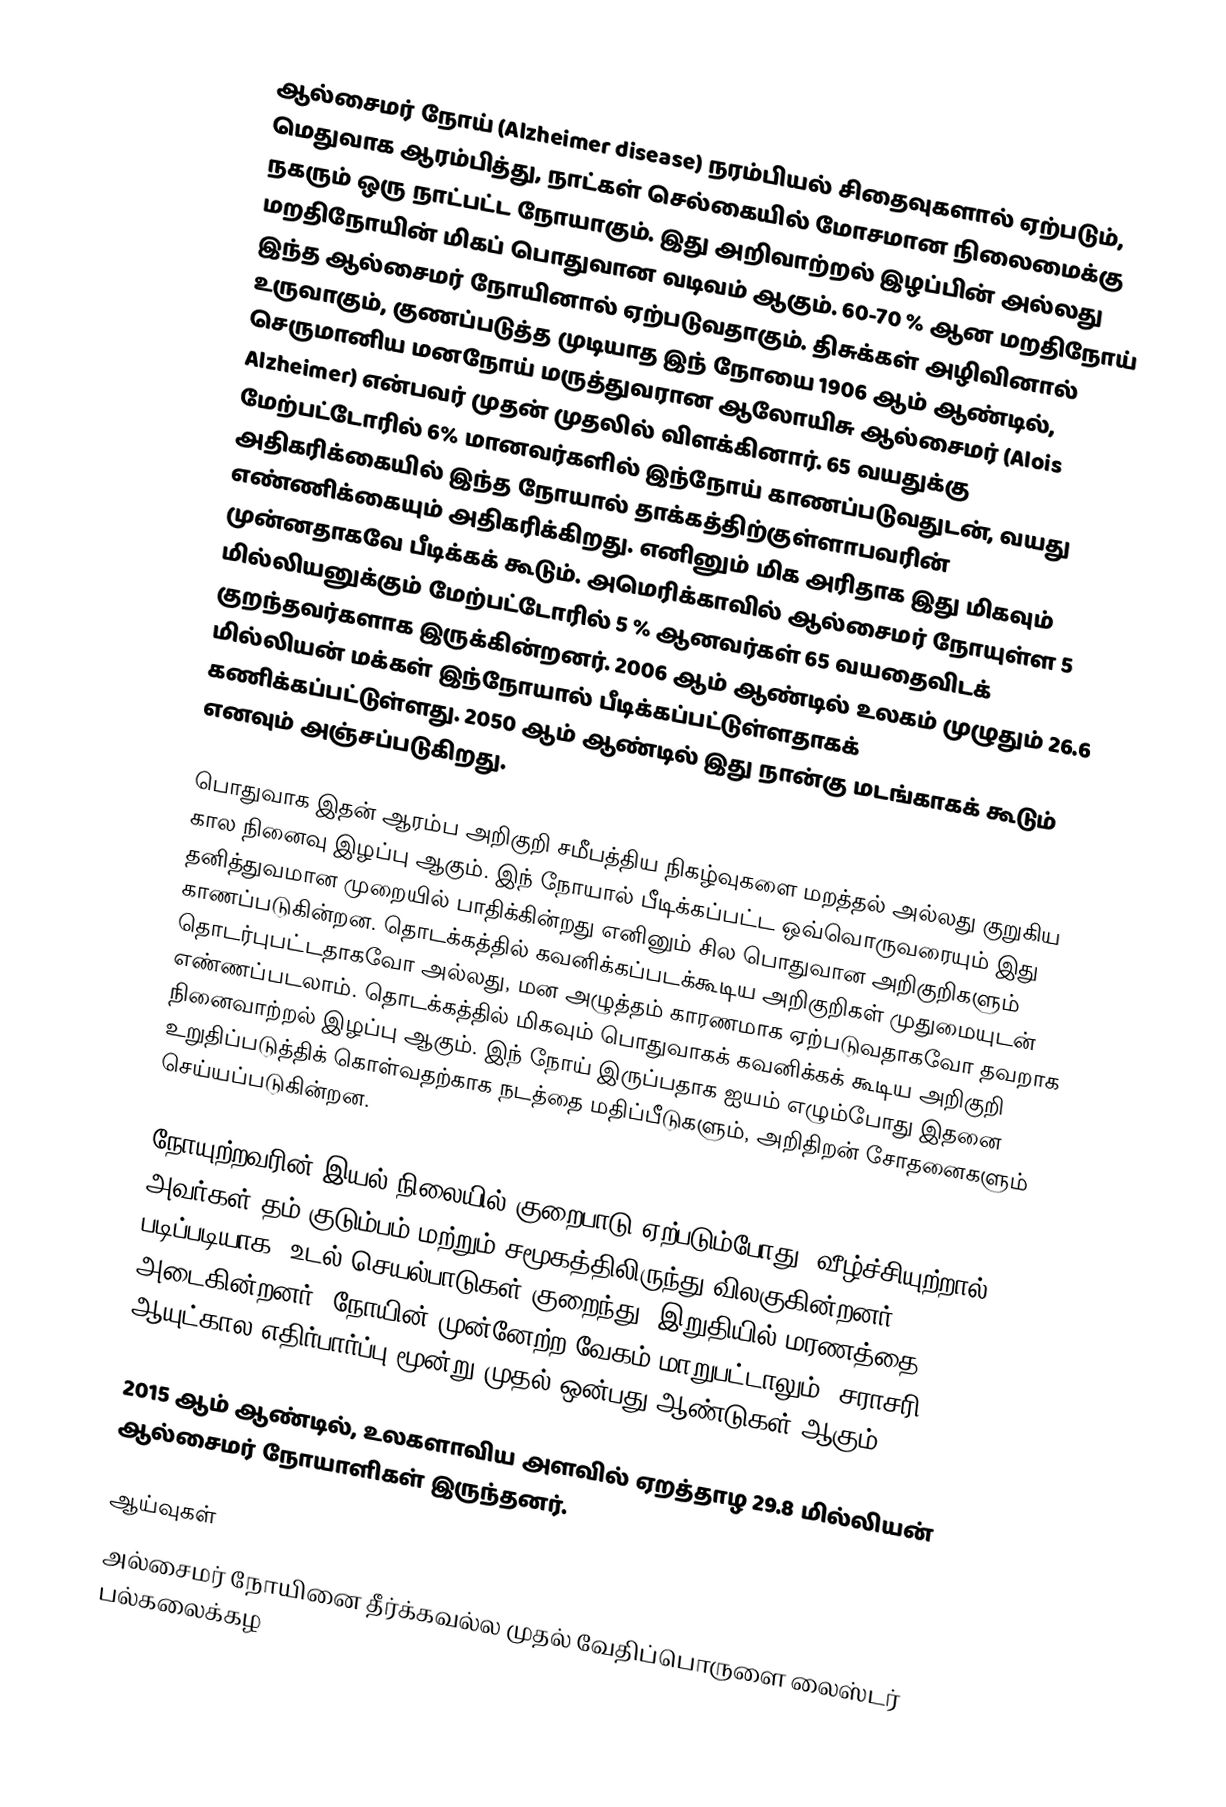
ஆல்சைமர் நோய் (Alzheimer disease) நரம்பியல் சிதைவுகளால் ஏற்படும், மெதுவாக ஆரம்பித்து, நாட்கள் செல்கையில் மோசமான நிலைமைக்கு நகரும் ஒரு நாட்பட்ட நோயாகும். இது அறிவாற்றல் இழப்பின் அல்லது மறதிநோயின் மிகப் பொதுவான வடிவம் ஆகும். 60-70 % ஆன மறதிநோய் இந்த ஆல்சைமர் நோயினால் ஏற்படுவதாகும். திசுக்கள் அழிவினால் உருவாகும், குணப்படுத்த முடியாத இந் நோயை 1906 ஆம் ஆண்டில், செருமானிய மனநோய் மருத்துவரான ஆலோயிசு ஆல்சைமர் (Alois Alzheimer) என்பவர் முதன் முதலில் விளக்கினார். 65 வயதுக்கு மேற்பட்டோரில் 6% மானவர்களில் இந்நோய் காணப்படுவதுடன், வயது அதிகரிக்கையில் இந்த நோயால் தாக்கத்திற்குள்ளாபவரின் எண்ணிக்கையும் அதிகரிக்கிறது. எனினும் மிக அரிதாக இது மிகவும் முன்னதாகவே பீடிக்கக் கூடும். அமெரிக்காவில் ஆல்சைமர் நோயுள்ள 5 மில்லியனுக்கும் மேற்பட்டோரில் 5 % ஆனவர்கள் 65 வயதைவிடக் குறந்தவர்களாக இருக்கின்றனர். 2006 ஆம் ஆண்டில் உலகம் முழுதும் 26.6 மில்லியன் மக்கள் இந்நோயால் பீடிக்கப்பட்டுள்ளதாகக் கணிக்கப்பட்டுள்ளது. 2050 ஆம் ஆண்டில் இது நான்கு மடங்காகக் கூடும் எனவும் அஞ்சப்படுகிறது.

பொதுவாக இதன் ஆரம்ப அறிகுறி சமீபத்திய நிகழ்வுகளை மறத்தல் அல்லது குறுகிய கால நினைவு இழப்பு ஆகும். இந் நோயால் பீடிக்கப்பட்ட ஒவ்வொருவரையும் இது தனித்துவமான முறையில் பாதிக்கின்றது எனினும் சில பொதுவான அறிகுறிகளும் காணப்படுகின்றன. தொடக்கத்தில் கவனிக்கப்படக்கூடிய அறிகுறிகள் முதுமையுடன் தொடர்புபட்டதாகவோ அல்லது, மன அழுத்தம் காரணமாக ஏற்படுவதாகவோ தவறாக எண்ணப்படலாம். தொடக்கத்தில் மிகவும் பொதுவாகக் கவனிக்கக் கூடிய அறிகுறி நினைவாற்றல் இழப்பு ஆகும். இந் நோய் இருப்பதாக ஐயம் எழும்போது இதனை உறுதிப்படுத்திக் கொள்வதற்காக நடத்தை மதிப்பீடுகளும், அறிதிறன் சோதனைகளும் செய்யப்படுகின்றன.

நோயுற்றவரின் இயல் நிலையில் குறைபாடு ஏற்படும்போது, வீழ்ச்சியுற்றால், அவர்கள் தம் குடும்பம் மற்றும் சமூகத்திலிருந்து விலகுகின்றனர். படிப்படியாக, உடல் செயல்பாடுகள் குறைந்து, இறுதியில் மரணத்தை அடைகின்றனர். நோயின் முன்னேற்ற வேகம் மாறுபட்டாலும், சராசரி ஆயுட்கால எதிர்பார்ப்பு மூன்று முதல் ஒன்பது ஆண்டுகள் ஆகும்.

2015 ஆம் ஆண்டில், உலகளாவிய அளவில் ஏறத்தாழ 29.8 மில்லியன் ஆல்சைமர் நோயாளிகள் இருந்தனர்.

ஆய்வுகள்
அல்சைமர் நோயினை தீர்க்கவல்ல முதல் வேதிப்பொருளை லைஸ்டர் பல்கலைக்கழ